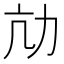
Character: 劥